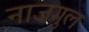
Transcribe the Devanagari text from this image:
नाज़गुल